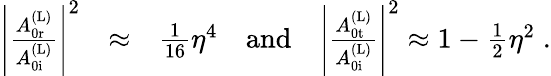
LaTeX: \begin{array}{rlr}{\Bigg|\frac{A_{\mathrm{0r}}^{\mathrm{(L)}}}{A_{\mathrm{0i}}^{\mathrm{(L)}}}\Bigg|^{2}}&{\approx}&{\frac{1}{16}\eta^{4}\quad\mathrm{and}\quad\Bigg|\frac{A_{\mathrm{0t}}^{\mathrm{(L)}}}{A_{\mathrm{0i}}^{\mathrm{(L)}}}\Bigg|^{2}\approx 1-\frac{1}{2}\eta^{2}\; .}\end{array}